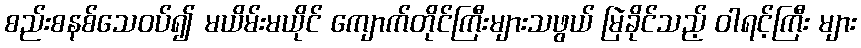
စည်းစနစ်သေဝပ်၍ မယိမ်းမယိုင် ကျောက်တိုင်ကြီးများသဖွယ် မြဲခိုင်သည့် ဝါရင့်ကြီး များ